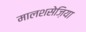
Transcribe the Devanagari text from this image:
मालशसेज़िया